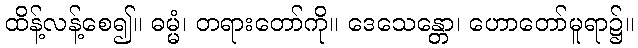
ထိန့်လန့်စေ၍။ ဓမ္မံ၊ တရားတော်ကို။ ဒေသေန္တော၊ ဟောတော်မူရာ၌။